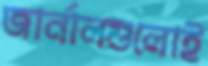
জার্নালগুলোই